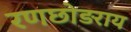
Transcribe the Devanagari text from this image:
रणछोड़राय